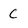
Character: c